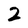
Character: 2